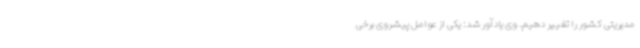
مدیریتی کشور را تغییر دهیم. وی یادآور شد: یکی از عوامل پیشروی برخی